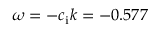
\omega = - c _ { \mathrm { i } } k = - 0 . 5 7 7